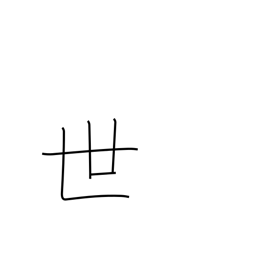
Meaning: society